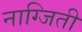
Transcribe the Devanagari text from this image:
नाग्जिती